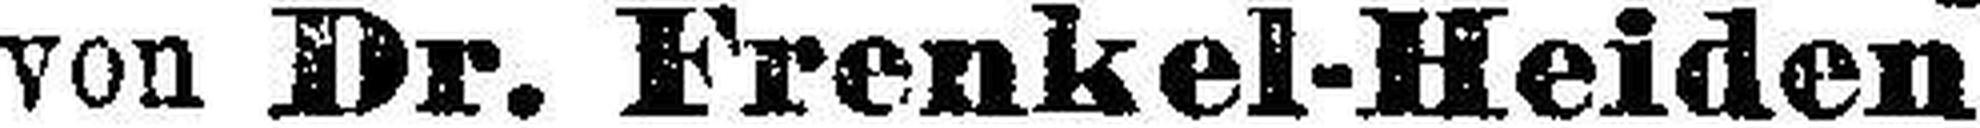
von Dr. Frenkel-Heiden